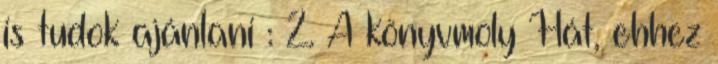
is tudok ajánlani : 2. A könyvmoly Hát, ehhez